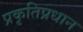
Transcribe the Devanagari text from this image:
प्रकृतिप्रधान